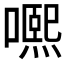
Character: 𡁱